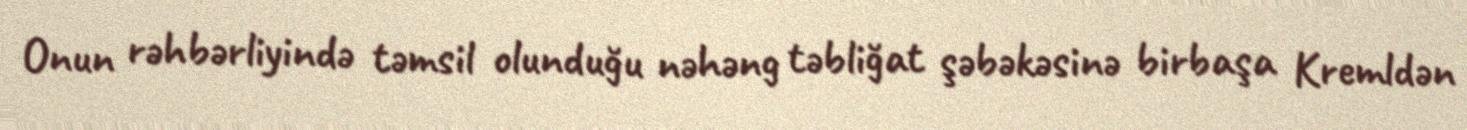
Onun rəhbərliyində təmsil olunduğu nəhəng təbliğat şəbəkəsinə birbaşa Kremldən